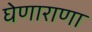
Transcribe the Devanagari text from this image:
घेणाराणा